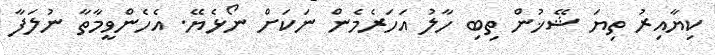
ކިޔާއިރު ތިޔަ ޝޭޚުން ތިބި ހާލު އަހަރެމެން ނަކަށް ނޯޅެޔޭ. އެހެންވީމާތާ ނުލަފާ